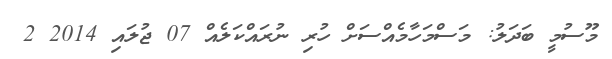
މޫސުމީ ބަދަލު: މަސްމަހާމެއްސަށް ހުރި ނުރައްކަލެއް 07 ޖުލައި 2014 2